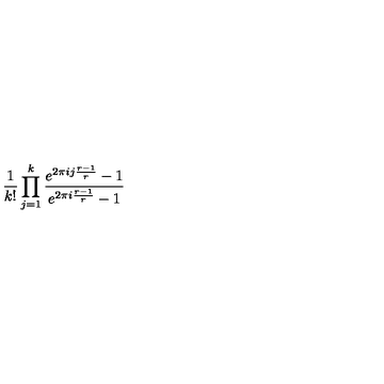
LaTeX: \frac { 1 } { k ! } \prod _ { j = 1 } ^ { k } \frac { e ^ { 2 \pi i j \frac { r - 1 } { r } } - 1 } { e ^ { 2 \pi i \frac { r - 1 } { r } } - 1 }